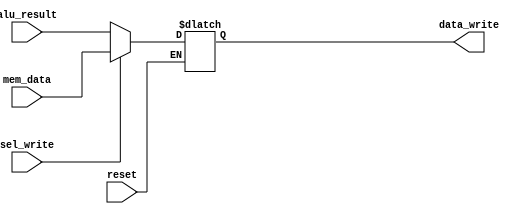
`timescale 1ns / 1ps
//////////////////////////////////////////////////////////////////////////////////
// Company: 
// Engineer: 
// 
// Design Name: 
// Module Name: write_data_mux
// Project Name: 
// Target Devices: 
// Tool Versions: 
// Description: Decide whether result of alu is a memory or a data content
// 
// Dependencies: 
// 
// Revision:
// Revision 0.01 - File Created
// Additional Comments:
// 
//////////////////////////////////////////////////////////////////////////////////


module write_data_mux(reset, sel_write, mem_data, alu_result, data_write);

input [0:0] reset;
input [0:0] sel_write;
input [31:0] mem_data;
input [31:0] alu_result;
output reg [31:0] data_write;

always @(reset, sel_write, mem_data, alu_result) begin
    if (reset == 1) begin
        case (sel_write)
            1'b0: data_write <= alu_result;       // store result of ALU itself back to register
            1'b1: data_write <= mem_data;       // store content of the memory that ALU produced back to register
        endcase
    end
end

endmodule